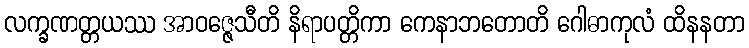
လက္ခဏတ္တယဿ အာဝဇ္ဇေသီတိ နိရာပတ္တိကာ ကေနာဘတောတိ ဂေါဓာကုလံ ထိနနတာ